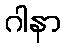
ဂါနာ